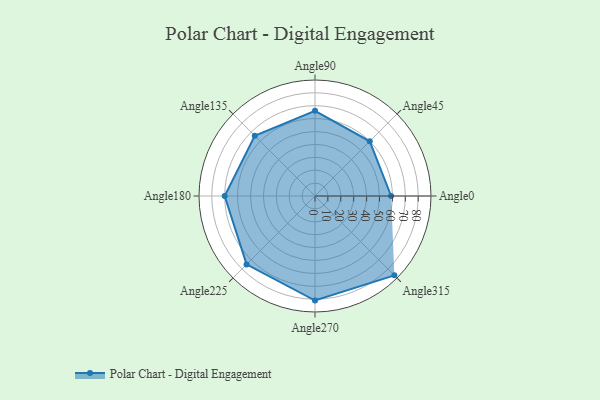
{"axis": {"x": "Angle", "y": "Radius"}, "legend": [""], "data": [{"x": "Angle0", "y": 59.0, "type": ""}, {"x": "Angle45", "y": 60.0, "type": ""}, {"x": "Angle90", "y": 66.0, "type": ""}, {"x": "Angle135", "y": 66.0, "type": ""}, {"x": "Angle180", "y": 70.0, "type": ""}, {"x": "Angle225", "y": 75.0, "type": ""}, {"x": "Angle270", "y": 81.0, "type": ""}, {"x": "Angle315", "y": 87.0, "type": ""}]}